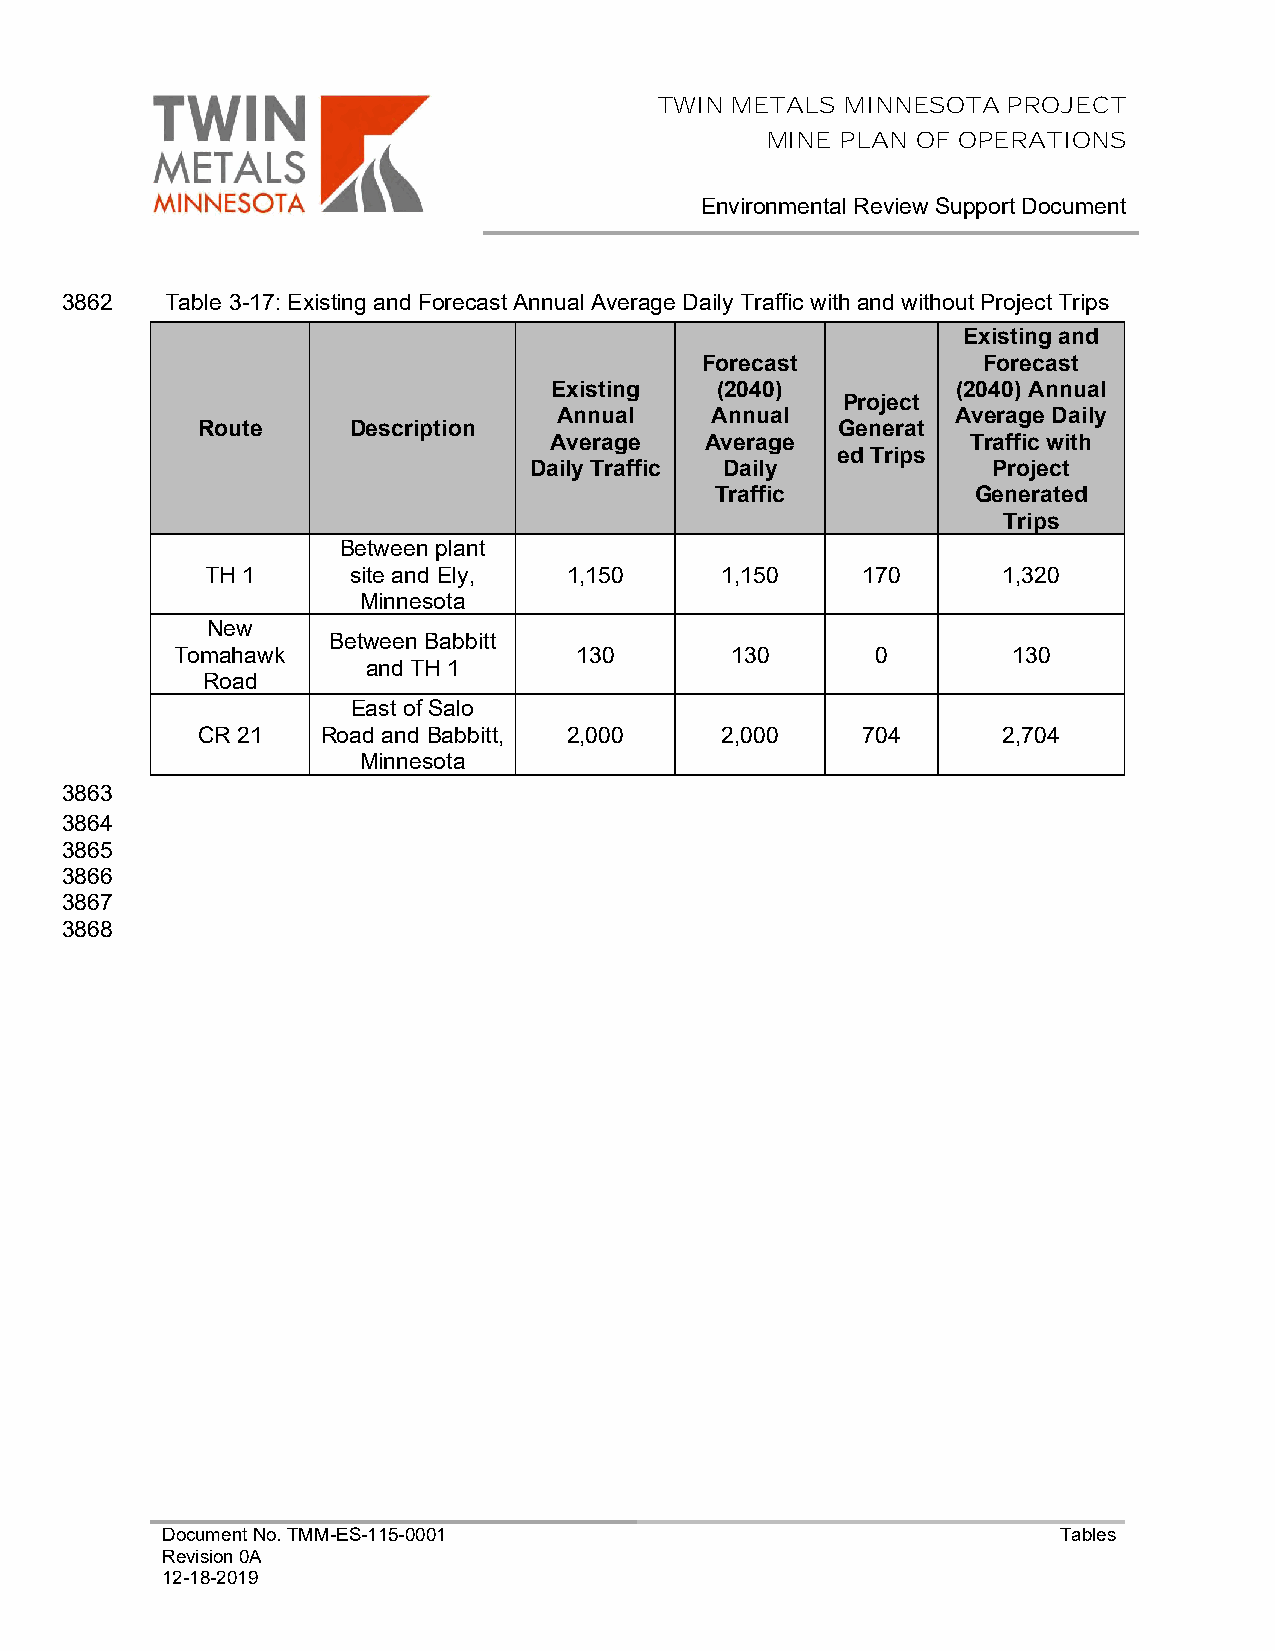
TWIN METALS MINNESOTA  PROJECT
 MINE PLAN OF OPERATIONS
 Environmental Review Support Document
 3862   Table 3-17: Existing and Forecast Annual Average Daily Traffic with and without Project Trips
 Existing and
 Forecast          Forecast
 Existing   (2040)          (2040) Annual
 Project
 Annual    Annual          Average Daily
 Route     Description                     Generat
 Average    Average          Traffic with
 ed Trips
 Daily Traffic Daily            Project
 Traffic           Generated
 Trips
 Between plant
 TH 1     site and Ely,  1,150     1,150    170      1,320
 Minnesota
 New
 Between Babbitt
 Tomahawk                  130       130       0        130
 and TH 1
 Road
 East of Salo
 CR 21   Road and Babbitt, 2,000    2,000    704      2,704
 Minnesota
 3863
 3864
 3865
 3866
 3867
 3868
 Document No. TMM-ES-115-0001                               Tables
 Revision 0A
 12-18-2019